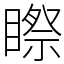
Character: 𥉻